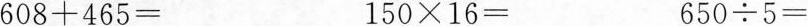
$$6 0 8 + 4 6 5 =$$ $$1 5 0 \times 1 6 =$$ $$6 5 0 /div 5 =$$